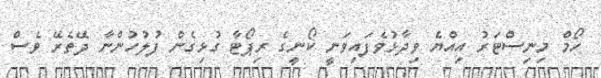
ހޯމް މިނިސްޓަރު އިއްޔެ ވިދާޅުވެފައިވަނީ ކޯނީގެ ރިޕޯޓާ ގުޅިގެން ފުލުހުންނާ ދޭތެރޭ ވެސް